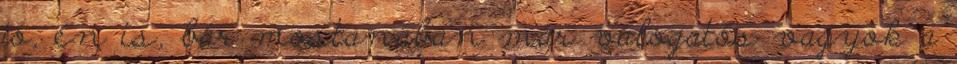
jó, én is, bár mostanában már válogatós vagyok a